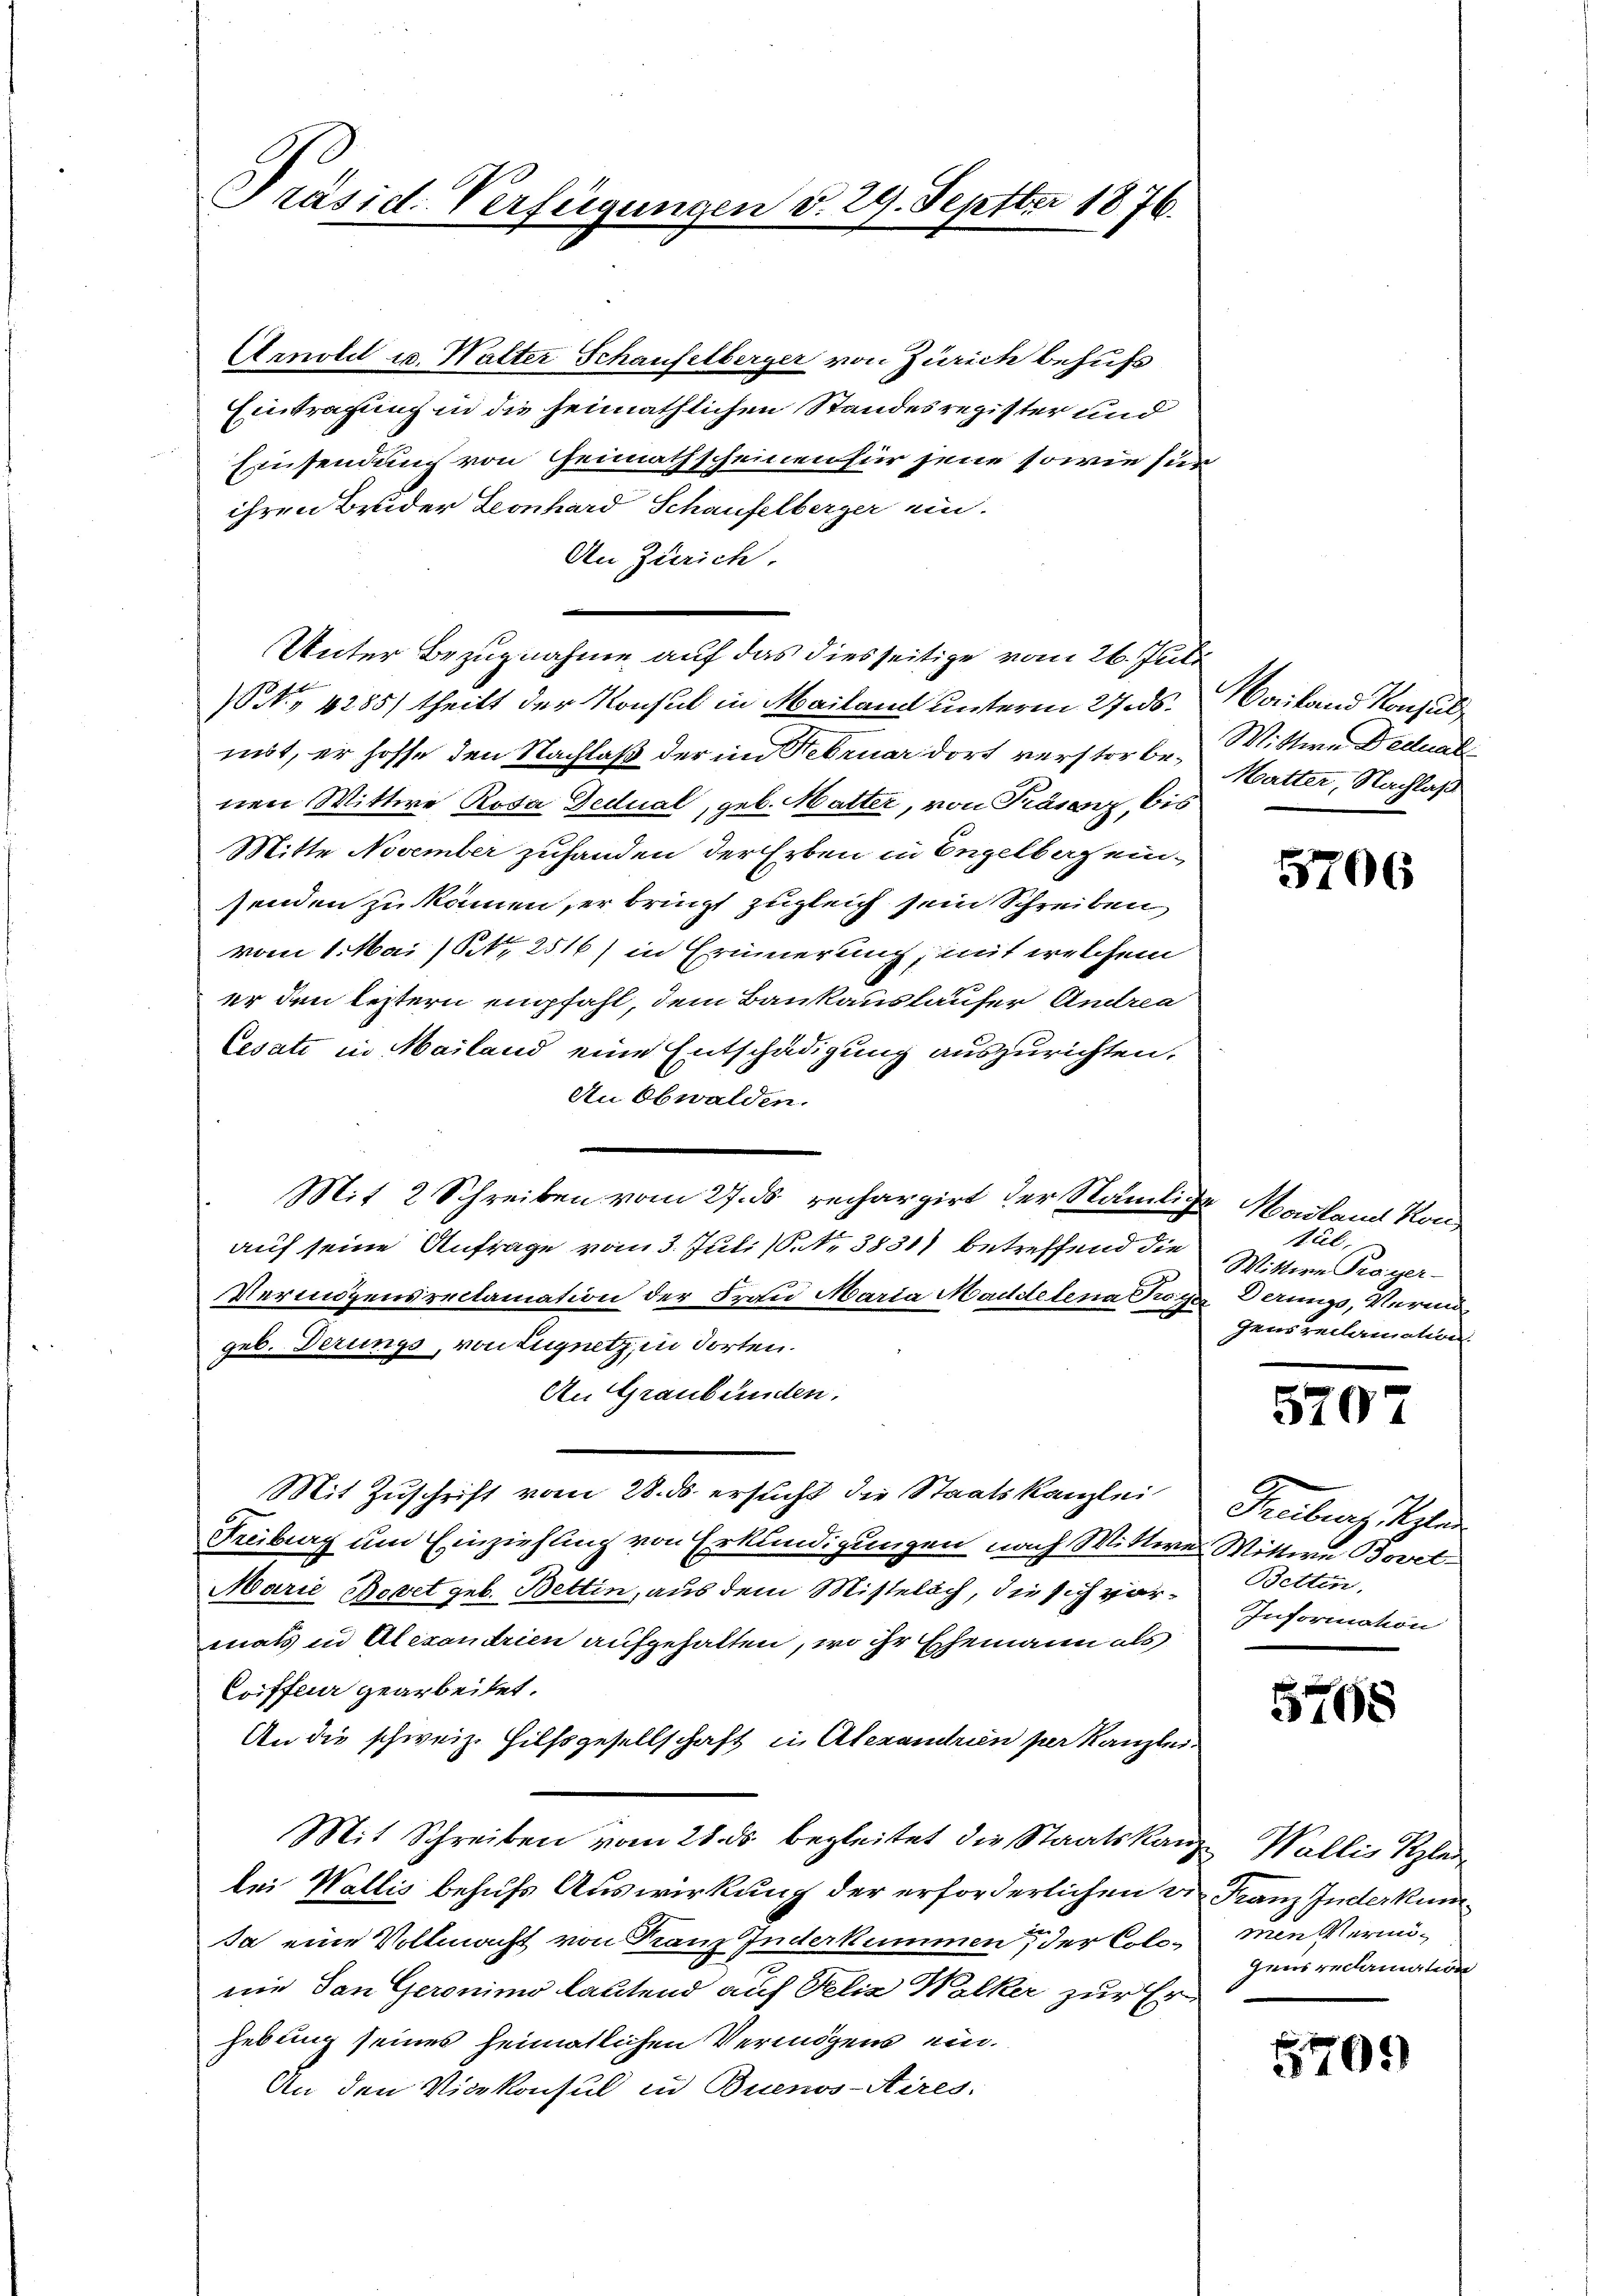
Präsid. Verfügungen d. 29. Septber 1876.

Arnobel u. Walter Schaufelberger von Zürich behufs
Eintragung in die heimathlichen Standesregister und
Einsendung von Heimathscheinen für jene sowie fün
ihren Bruder Leonhard Schaufelberger ein-
An Zürich.
Unter Bezugnahme auf das diesseitige vom 26. Juli
No 1285) theilt der Konsul in Mailand unterm 27. ds.
mit, er hoffe den Nachlaß der im Februar dort verstorbenen Wittwe Rosa Dedual, geb. Matter, von Präsenz, bis
Mitte November zuhanden der Erben in Engelbe ein-
senden zu kämen, er bringt zugleich sein Schreiben,
vom 1. Mai 181. 2516) in Erinnerung, mit welchem
er den leztern empfahl, dem Baukauslaufer Andrea
Cesati in Mailand eine Entschädigung auszurichten.
An Obwalden.
Mit 2 Schreiben vom 27. ds. rechargirt der Nämliche Mailand Konauf seine Anfrage vom 3. Juli (Nr. 3831) betreffend die
Vermögensreclamation der Frau Maria Maddelena Troge
geb. Derungs, von Eugnetz, in dorten.
An Graubünden.
Mit Zuschrift vom 28. ds. ersucht die Staatskanzlei
Treiburg um Einziehung von Erkundigungen nach Wittwe Wittwe Bovet¬
Marie Bovet geb. Bettin, aus dem Mittelich, die sich vormals in Alexandrien aufgehalten, wo ihr Ehemann als
Coiffeur gearbeitet.
An die schweiz. Hilfsgesellschaft in Alexandrin der Kanzlei
Mit Schreiben vom 28. ds. begleitet die Staatskanz- Wallis Klei
lei Wallis behufs Auswirkung der erforderlichen Dr. Franz Inderkunbi
Ja eine Vollmacht von Franz Inderkummen, der Colonie dan Geronimo lautend auf Felix Walker zur Er
hebung seines heimatlichen Vermögens ein.
An den Vicekonsul in Buenos-Aires.

Mailand Konsul
Wittwe Dedual
Matter, Nachlass

5706

tel.
Wittere Troger-
derungs, Verm
gensreclamation.

5707

Freibenzigen
Betten.
Information

5768

eine Vermö¬
Gneis reclamation

5701)